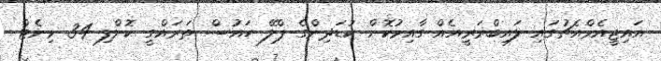
އައިޖީއެމްއެޗުގައި ލައިބްރަރީއެއް ގާއިމުކޮށް ކުޑަދިންގެ ޕްލޭ ހައުސް ތަރައްގީ ކޮށްފި 34 މިނެޓް